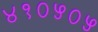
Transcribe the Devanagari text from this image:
४१०५०५